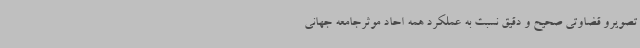
تصویرو قضاوتی صحیح و دقیق نسبت به عملکرد همه احاد موثرجامعه جهانی